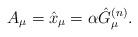
LaTeX: \begin{align*}A_{\mu}=\hat{x}_{\mu}=\alpha\hat{G}_{\mu}^{(n)}.\end{align*}